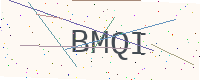
Text: BMQI